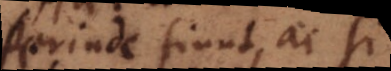
perinde fiunt, ac si